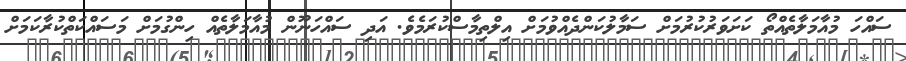
ސައްހަ މުއާމަލާތެއްތޯ ކަށަވަރުކުރުމަށް ސަމާލުކަންދެއްވުމަށް އިލްތިމާސްކުރަމެވެ. އަދި ސައްހަނޫން މުއާމަލާތެއް ހިންގުމަށް މަސައްކަތްކުރާކަމަށް